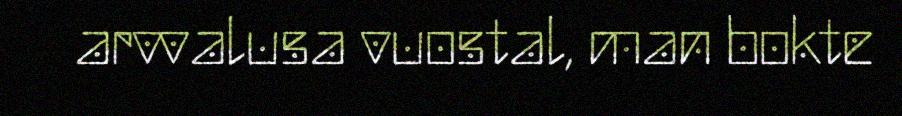
arvvalusa vuostal, man bokte